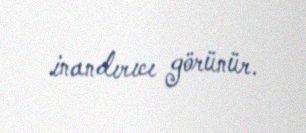
inandırıcı görünür.